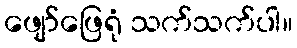
ဖျော်ဖြေရုံ သက်သက်ပါ။